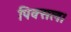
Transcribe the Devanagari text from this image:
पिक्सल।